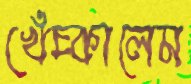
খেঁচ্‌কালেম